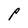
Character: P